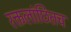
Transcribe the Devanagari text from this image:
रक्तलांछितच